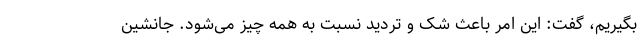
بگیریم، گفت: این امر باعث شک و تردید نسبت به همه چیز می‌شود. جانشین